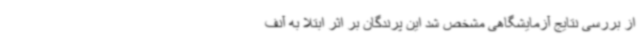
از بررسی نتایج آزمایشگاهی مشخص شد این پرندگان بر اثر ابتلا به آنف